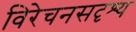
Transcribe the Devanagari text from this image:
विरेचनसदृश्य